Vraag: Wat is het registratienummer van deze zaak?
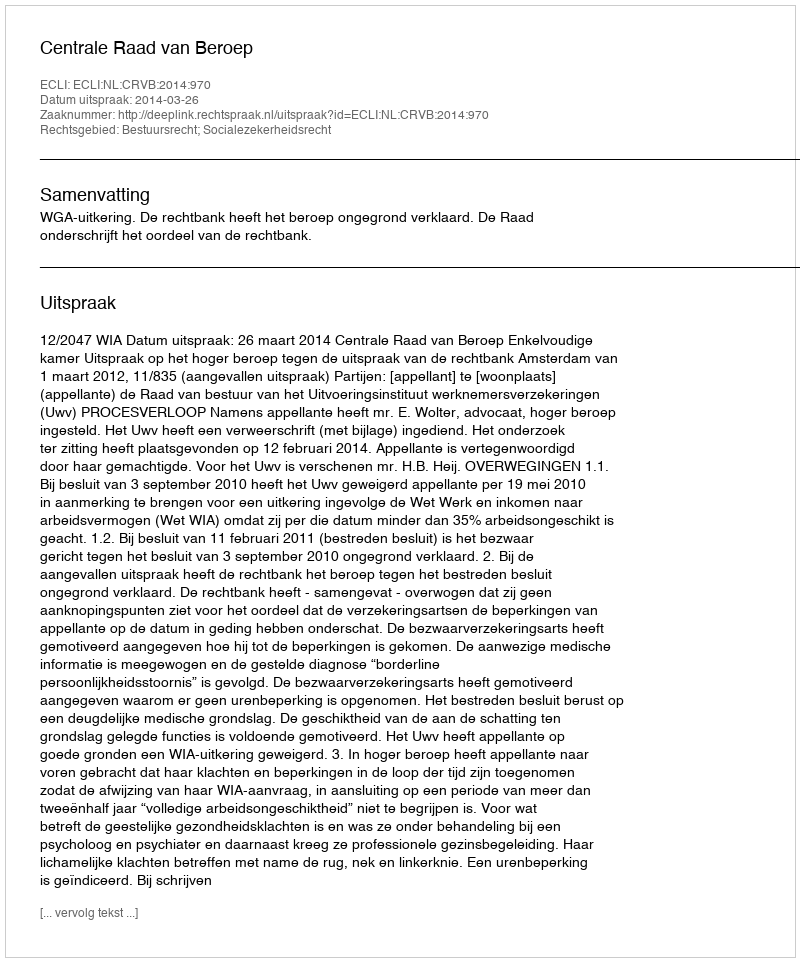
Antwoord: http://deeplink.rechtspraak.nl/uitspraak?id=ECLI:NL:CRVB:2014:970